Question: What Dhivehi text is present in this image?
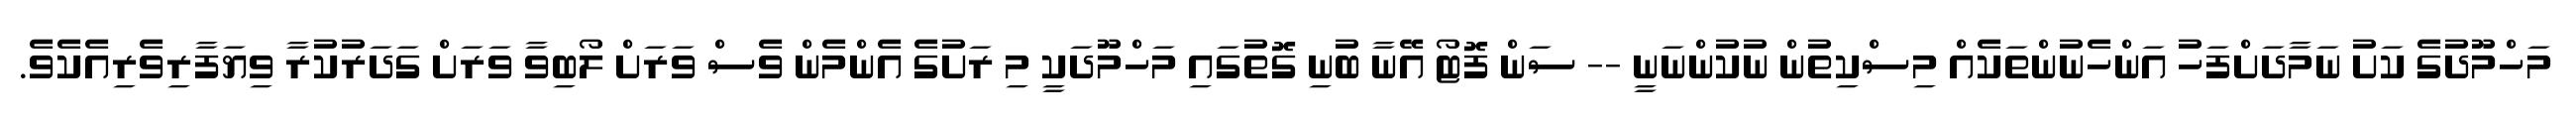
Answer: މަހްމޫދުގެ ކަށު ނަމާދަށްފަހު އަންހެނުންތަކެއް މިސްކިތުން ނުކުންނަނީ -- ސަން ފޮޓޯ އޭނާ ބުނި ގޮތުގައި މަހްމޫދަކީ މި ރަށުގެ އެންމެން ވެސް ވަރަށް ލޯބިވާ ވަރަށް ގަދަރުކުރާ ވިޔަފާރިވެރިއެކެވެ.